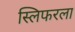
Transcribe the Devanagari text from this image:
स्लिफरला